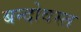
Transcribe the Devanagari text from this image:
बन्दोवस्त